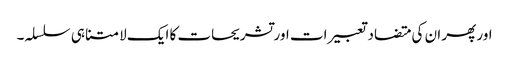
اور پھر ان کی متضاد تعبیرات اور تشریحات کا ایک لامتناہی سلسلہ۔